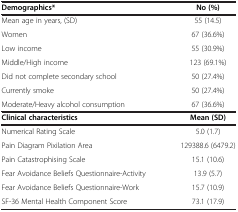
<table><thead><tr><td><b>Demographics*</b></td><td><b>No (%)</b></td></tr></thead><tbody><tr><td>Mean age in years, (SD)</td><td>55 (14.5)</td></tr><tr><td>Women</td><td>67 (36.6%)</td></tr><tr><td>Low income</td><td>55 (30.9%)</td></tr><tr><td>Middle/High income</td><td>123 (69.1%)</td></tr><tr><td>Did not complete secondary school</td><td>50 (27.4%)</td></tr><tr><td>Currently smoke</td><td>50 (27.4%)</td></tr><tr><td>Moderate/Heavy alcohol consumption</td><td>67 (36.6%)</td></tr><tr><td><b>Clinical characteristics</b></td><td><b>Mean (SD)</b></td></tr><tr><td>Numerical Rating Scale</td><td>5.0 (1.7)</td></tr><tr><td>Pain Diagram Pixilation Area</td><td>129388.6 (6479.2)</td></tr><tr><td>Pain Catastrophising Scale</td><td>15.1 (10.6)</td></tr><tr><td>Fear Avoidance Beliefs Questionnaire-Activity</td><td>13.9 (5.7)</td></tr><tr><td>Fear Avoidance Beliefs Questionnaire-Work</td><td>15.7 (10.9)</td></tr><tr><td>SF-36 Mental Health Component Score</td><td>73.1 (17.9)</td></tr></tbody></table>